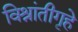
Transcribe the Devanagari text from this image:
विश्रांतीगृहे